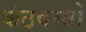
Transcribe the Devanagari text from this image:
कंठवस्त्रों